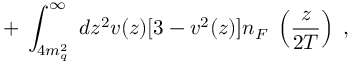
+ \; \int _ { 4 m _ { q } ^ { 2 } } ^ { \infty } \; d z ^ { 2 } v ( z ) [ 3 - v ^ { 2 } ( z ) ] n _ { F } \; \left( \frac { z } { 2 T } \right) \; ,